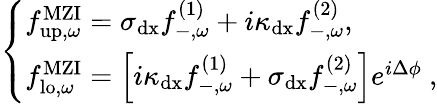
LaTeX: \begin{array}{r}{\left\{ \begin{array}{ll}{{f}_{\mathrm{up},\omega}^{\mathrm{MZI}}=\sigma_{\mathrm{dx}}{f}_{-,\omega}^{\mathrm{(1)}}+i\kappa_{\mathrm{dx}}{f}_{-,\omega}^{\mathrm{(2)}},}\\ {{f}_{\mathrm{lo},\omega}^{\mathrm{MZI}}=\left[i\kappa_{\mathrm{dx}}{f}_{-,\omega}^{\mathrm{(1)}}+\sigma_{\mathrm{dx}}{f}_{-,\omega}^{\mathrm{(2)}}\right]e^{i\Delta\phi}\ ,}\end{array}\right.}\end{array}